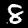
Digit: 8